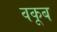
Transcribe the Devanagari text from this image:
वकूब